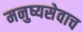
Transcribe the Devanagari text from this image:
मनुष्यसेवाच